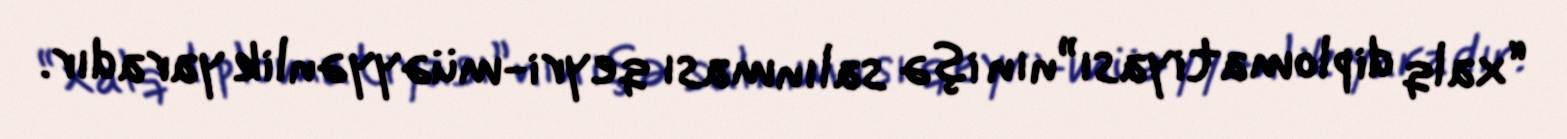
“xalq diplomatiyası”nın işə salınması qeyri-müəyyənlik yaradır.